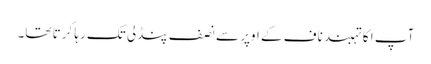
آپ ا کا تہبند ناف کے اوپر سے نصف پنڈلی تک رہا کرتا تھا۔